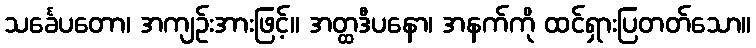
သင်္ခေပတော၊ အကျဉ်းအားဖြင့်။ အတ္ထဒီပနော၊ အနက်ကို ထင်ရှားပြတတ်သော။